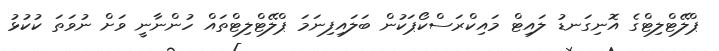
ޕްލޭޓްލިޓްގެ އޮނިގަނޑު ލައިޓް މައިކްރަސްކޯޕަކުން ބަލައިފިނަމަ ޕްލޭޓްލިޓްތައް ހުންނާނީ ވަށް ނުވަތަ ކުކުޅު